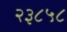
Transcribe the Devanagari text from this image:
२३८५८